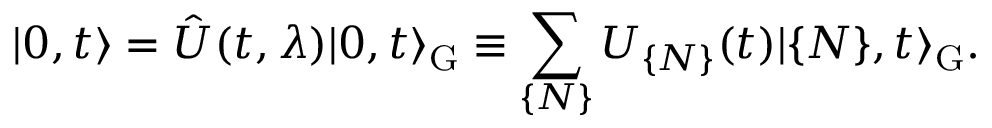
\vert 0 , t \rangle = \hat { U } ( t , \lambda ) \vert 0 , t \rangle _ { \mathrm { G } } \equiv \sum _ { \{ { \cal N } \} } U _ { \{ { \cal N } \} } ( t ) \vert \{ { \cal N } \} , t \rangle _ { \mathrm { G } } .